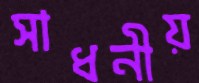
সাধনীয়